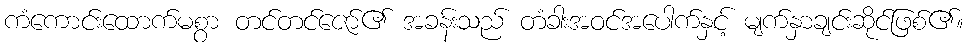
ကံကောင်းထောက်မစွာ တင်တင်ဇော်၏ အခန်းသည် တံခါးအဝင်အပေါက်နှင့် မျက်နှာချင်းဆိုင်ဖြစ်၏။